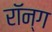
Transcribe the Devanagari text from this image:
रॉन्ग